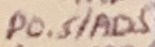
Text: P0.5/AD5